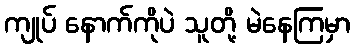
ကျုပ် နောက်ကိုပဲ သူတို့ မဲနေကြမှာ